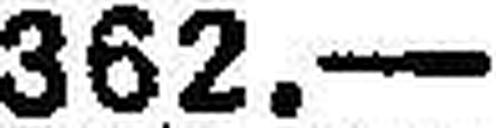
362.—